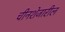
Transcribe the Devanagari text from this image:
चीनशेजारील